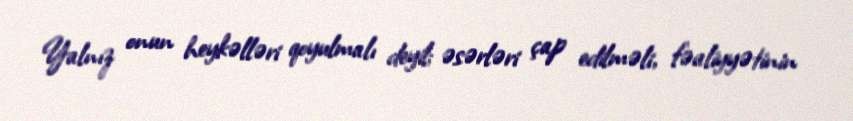
Yalnız onun heykəlləri qoyulmalı deyil; əsərləri çap edilməli, fəaliyyətinin